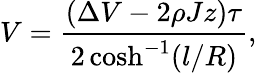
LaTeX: V=\frac{(\Delta V-2\rho Jz)\tau}{2\cosh^{-1}(l/R)},